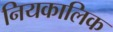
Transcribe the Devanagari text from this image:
नियकालिक